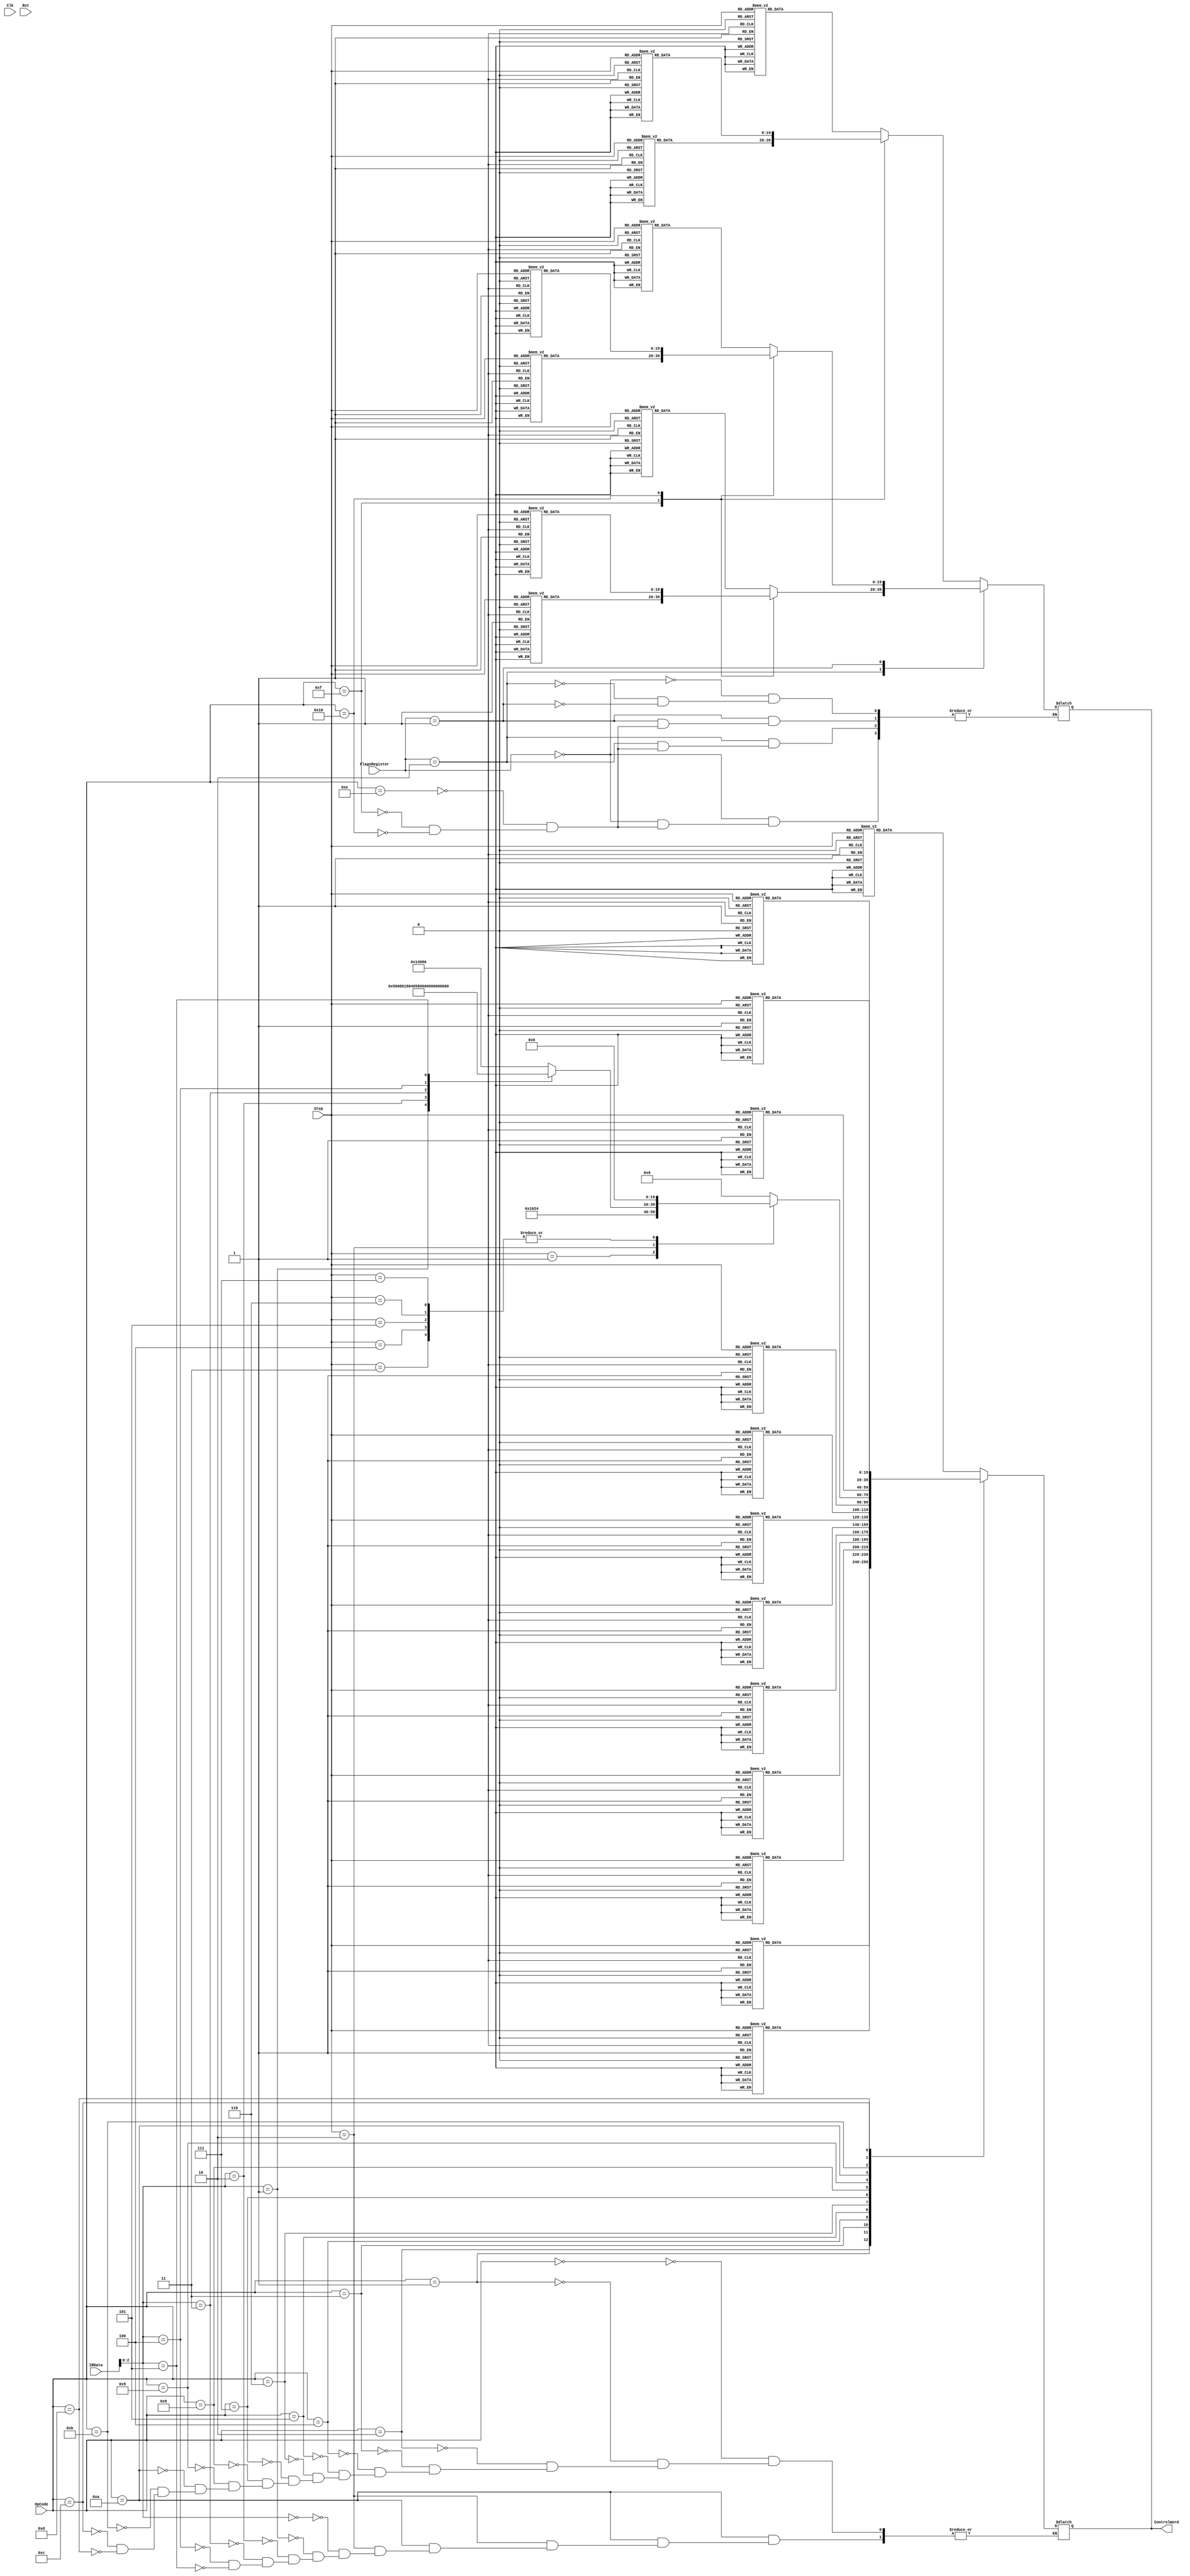
`timescale 1ns / 1ps

module InstructionDecoder (
    input Clk,
    input Rst,
    input [1:0] FlagsRegister,
    input [4:0] OpCode,
    input [10:0] IRData,
    input [2:0] Step,
    output reg [19:0]ControlWord
    );

    //control word bit layout
    parameter PCO = 20'b00000000000000000001;   //Program counter out
    parameter J   = 20'b00000000000000000010;   //Jump (Program counter in)
    parameter PCE = 20'b00000000000000000100;   //Program counter enable (Increment)
    parameter MI  = 20'b00000000000000001000;   //Memory address register in
    parameter RI  = 20'b00000000000000010000;   //RAM in
    parameter RO  = 20'b00000000000000100000;   //RAM out
    parameter AI  = 20'b00000000000001000000;   //A register in
    parameter AO  = 20'b00000000000010000000;   //A register out
    parameter EO  = 20'b00000000000100000000;   //Sum out
    parameter OP0 = 20'b00000000001000000000;   //ALU Operation Bit 0
    parameter OP1 = 20'b00000000010000000000;   //ALU Operation Bit 1
    parameter OP2 = 20'b00000000100000000000;   //ALU Operation Bit 2
    parameter II  = 20'b00000001000000000000;   //Instruction register in
    parameter IO  = 20'b00000010000000000000;   //Instruction register out
    parameter BI  = 20'b00000100000000000000;   //B register in
    parameter BO  = 20'b00001000000000000000;   //B register out
    parameter SR  = 20'b00010000000000000000;   //Step Counter Reset
    parameter FI  = 20'b00100000000000000000;   //Flags register in
    parameter CI  = 20'b01000000000000000000;   //C register in
    parameter CO  = 20'b10000000000000000000;   //C register out

    //all the various varible that choose the control word
    //the 2 flags, 2 bits
    parameter CarryFlagSet = 2'b10;
    parameter ZeroFlagSet = 2'b01;
    //8 steps , 3 bits
    parameter S0 = 3'd0;
    parameter S1 = 3'd1;
    parameter S2 = 3'd2;
    parameter S3 = 3'd3;
    parameter S4 = 3'd4;
    parameter S5 = 3'd5;
    parameter S6 = 3'd6;
    parameter S7 = 3'd7;

    //up to 32 instructions, 5 bits
    parameter NOP = 5'b00000;      //No operation

    //register operations
    parameter LDA =  5'b00001;      //load data into register A from the address specified by the 8LSB in the 16bit instruction
    parameter LDB =  5'b00010;      //load data into register B from the address specified by the 8LSB in the 16bit instruction
    parameter LDC =  5'b00011;      //load data into register C from the address specified by the 8LSB in the 16bit instruction

    parameter LIA =  5'b00100;      //load the data specified by the 11LSB in the 16bit instruction into the A Register
    parameter LIB =  5'b00101;      //load the data specified by the 11LSB in the 16bit instruction into the B Register
    parameter LIC =  5'b00110;      //load the data specified by the 11LSB in the 16bit instruction into the C Register

    parameter STA =  5'b00111;      //stores the data present in A register in the address specified by the 8LSB
    parameter STB =  5'b01000;      //stores the data present in B register in the address specified by the 8LSB
    parameter STC =  5'b01001;      //stores the data present in C register in the address specified by the 8LSB

    parameter MOV =  5'b01010;      //moves data from one register to another depending on the 3 LSB, 000 A->B,001 A->C,010 B->A, 011 B->C, 100 C->A, 101 C->B

    //ALU operations
    parameter ADD =  5'b01011;      //add what ever is in the memory address specified by the 8LSB in the 16bit instruction and store it in the A register
    parameter SUB =  5'b01100;      //subtract what ever is in the memory address specified by the 8LSB in the 16bit instruction and store it in the A register

    //branch operations
    parameter JMP =  5'b01101;      //set the program counter to what ever is specified by the 8LSB in the 16 bit instruction
    parameter JMPZ = 5'b01110;     //set the program counter to whatever is specified by the 8LSB if the ALU value is zero
    parameter JMPL = 5'b01111;     //set the program counter to what ever is specified by the 8LSB in the 16bit instruction if the value in the A register is less than the value in the B register
    parameter JMPG = 5'b10000;     //set the program counter to what ever is specified by the 8LSB in the 16bit instruction if the value in the A register is greater than the value in the B register


    //commands that don't use the flags register
    always @ ( * ) begin
        case (OpCode)
          NOP:begin
              case (Step)
                S0:ControlWord = MI|PCO;
                S1:ControlWord = RO|II|PCE;
                S2:ControlWord = SR;
                S3:ControlWord = 20'b0;
                S4:ControlWord = 20'b0;
                S5:ControlWord = 20'b0;
                S6:ControlWord = 20'b0;
                S7:ControlWord = 20'b0;
              endcase
          end

          //register operations-------------------------------------------------
          LDA:begin
              case (Step)
                S0:ControlWord = MI|PCO;
                S1:ControlWord = RO|II|PCE;
                S2:ControlWord = MI|IO;
                S3:ControlWord = RO|AI|SR;
                S4:ControlWord = 20'b0;
                S5:ControlWord = 20'b0;
                S6:ControlWord = 20'b0;
                S7:ControlWord = 20'b0;
              endcase
          end
          LDB:begin
              case (Step)
                S0:ControlWord = MI|PCO;
                S1:ControlWord = RO|II|PCE;
                S2:ControlWord = MI|IO;
                S3:ControlWord = RO|BI|SR;
                S4:ControlWord = 20'b0;
                S5:ControlWord = 20'b0;
                S6:ControlWord = 20'b0;
                S7:ControlWord = 20'b0;
              endcase
          end
          LDC:begin
              case (Step)
                S0:ControlWord = MI|PCO;
                S1:ControlWord = RO|II|PCE;
                S2:ControlWord = MI|IO;
                S3:ControlWord = RO|CI|SR;
                S4:ControlWord = 20'b0;
                S5:ControlWord = 20'b0;
                S6:ControlWord = 20'b0;
                S7:ControlWord = 20'b0;
              endcase
          end
          LIA:begin
              case (Step)
                S0:ControlWord = MI|PCO;
                S1:ControlWord = RO|II|PCE;
                S2:ControlWord = IO|AI|SR;
                S3:ControlWord = 20'b0;
                S4:ControlWord = 20'b0;
                S5:ControlWord = 20'b0;
                S6:ControlWord = 20'b0;
                S7:ControlWord = 20'b0;
              endcase
          end
          LIB:begin
              case (Step)
                S0:ControlWord = MI|PCO;
                S1:ControlWord = RO|II|PCE;
                S2:ControlWord = IO|BI|SR;
                S3:ControlWord = 20'b0;
                S4:ControlWord = 20'b0;
                S5:ControlWord = 20'b0;
                S6:ControlWord = 20'b0;
                S7:ControlWord = 20'b0;
              endcase
          end
          LIC:begin
              case (Step)
                S0:ControlWord = MI|PCO;
                S1:ControlWord = RO|II|PCE;
                S2:ControlWord = IO|CI|SR;
                S3:ControlWord = 20'b0;
                S4:ControlWord = 20'b0;
                S5:ControlWord = 20'b0;
                S6:ControlWord = 20'b0;
                S7:ControlWord = 20'b0;
              endcase
          end
          STA:begin
              case (Step)
                S0:ControlWord = MI|PCO;
                S1:ControlWord = RO|II|PCE;
                S2:ControlWord = MI|IO;
                S3:ControlWord = AO|RI|SR;
                S4:ControlWord = 20'b0;
                S5:ControlWord = 20'b0;
                S6:ControlWord = 20'b0;
                S7:ControlWord = 20'b0;
              endcase
          end
          STB:begin
              case (Step)
                S0:ControlWord = MI|PCO;
                S1:ControlWord = RO|II|PCE;
                S2:ControlWord = MI|IO;
                S3:ControlWord = BO|RI|SR;
                S4:ControlWord = 20'b0;
                S5:ControlWord = 20'b0;
                S6:ControlWord = 20'b0;
                S7:ControlWord = 20'b0;
              endcase
          end
          STC:begin
              case (Step)
                S0:ControlWord = MI|PCO;
                S1:ControlWord = RO|II|PCE;
                S2:ControlWord = MI|IO;
                S3:ControlWord = BO|RI|SR;
                S4:ControlWord = 20'b0;
                S5:ControlWord = 20'b0;
                S6:ControlWord = 20'b0;
                S7:ControlWord = 20'b0;
              endcase
          end
          MOV:begin
              case (Step)
                S0:ControlWord = MI|PCO;
                S1:ControlWord = RO|II|PCE;
                S2:begin
                  case (IRData[2:0])
                    3'b000:ControlWord = AO|BI|SR;  //A->B
                    3'b001:ControlWord = AO|CI|SR;  //A->C
                    3'b010:ControlWord = BO|AI|SR;  //B->A
                    3'b011:ControlWord = BO|CI|SR;  //B->C
                    3'b100:ControlWord = CO|AI|SR;  //C->A
                    3'b101:ControlWord = CO|BI|SR;  //C->B
                  endcase
                end
                S3:ControlWord = 20'b0;
                S4:ControlWord = 20'b0;
                S5:ControlWord = 20'b0;
                S6:ControlWord = 20'b0;
                S7:ControlWord = 20'b0;
              endcase
          end

          //ALU operations------------------------------------------------------
          ADD:begin
              case (Step)
                S0:ControlWord = MI|PCO;
                S1:ControlWord = RO|II|PCE;
                S2:ControlWord = MI|IO;
                S3:ControlWord = RO|BI;
                S4:ControlWord = AI|EO|SR|FI;
                S5:ControlWord = 20'b0;
                S6:ControlWord = 20'b0;
                S7:ControlWord = 20'b0;
              endcase
          end
          SUB:begin
              case (Step)
                S0:ControlWord = MI|PCO;
                S1:ControlWord = RO|II|PCE;
                S2:ControlWord = MI|IO;
                S3:ControlWord = RO|BI;
                S4:ControlWord = AI|EO|SR|OP0|FI;
                S5:ControlWord = 20'b0;
                S6:ControlWord = 20'b0;
                S7:ControlWord = 20'b0;
              endcase
          end

          //Branch Operations---------------------------------------------------
          JMP:begin
              case (Step)
                S0:ControlWord = MI|PCO;
                S1:ControlWord = RO|II|PCE;
                S2:ControlWord = IO|J|SR;
                S3:ControlWord = 20'b0;
                S4:ControlWord = 20'b0;
                S5:ControlWord = 20'b0;
                S6:ControlWord = 20'b0;
                S7:ControlWord = 20'b0;
              endcase
          end
        endcase
    end

    //Instructions that use the flags register
    always @ (*) begin
        case (FlagsRegister)
          2'b00:begin
              case (OpCode)
                JMPZ:begin
                    case (Step)
                      S0:ControlWord = MI|PCO;
                      S1:ControlWord = RO|II|PCE;
                      S2:ControlWord = SR;
                      S3:ControlWord = 20'b0;
                      S4:ControlWord = 20'b0;
                      S5:ControlWord = 20'b0;
                      S6:ControlWord = 20'b0;
                      S7:ControlWord = 20'b0;
                    endcase
                end
                JMPL:begin
                    case (Step)
                      S0:ControlWord = MI|PCO;
                      S1:ControlWord = RO|II|PCE;
                      S2:ControlWord = OP2|FI;   //set the the alu operation to less than
                      S3:ControlWord = SR;
                      S4:ControlWord = 20'b0;
                      S5:ControlWord = 20'b0;
                      S6:ControlWord = 20'b0;
                      S7:ControlWord = 20'b0;
                    endcase
                end
                JMPG:begin
                    case (Step)
                      S0:ControlWord = MI|PCO;
                      S1:ControlWord = RO|II|PCE;
                      S2:ControlWord = OP2|OP0|FI;  //set the the alu operation to greater than
                      S3:ControlWord = SR;
                      S4:ControlWord = 20'b0;
                      S5:ControlWord = 20'b0;
                      S6:ControlWord = 20'b0;
                      S7:ControlWord = 20'b0;
                    endcase
                end
              endcase
          end
          //--------------------------------------------------------------------------------------//
          CarryFlagSet:begin  //if the CarryFlag is set
              case (OpCode)
                JMPZ:begin
                    case (Step)
                      S0:ControlWord = MI|PCO;
                      S1:ControlWord = RO|II|PCE;
                      S2:ControlWord = SR;
                      S3:ControlWord = 20'b0;
                      S4:ControlWord = 20'b0;
                      S5:ControlWord = 20'b0;
                      S6:ControlWord = 20'b0;
                      S7:ControlWord = 20'b0;
                    endcase
                end
                JMPL:begin
                    case (Step)
                      S0:ControlWord = MI|PCO;
                      S1:ControlWord = RO|II|PCE;
                      S2:ControlWord = OP2|FI;    //set the the alu operation to less than
                      S3:ControlWord = SR;
                      S4:ControlWord = 20'b0;
                      S5:ControlWord = 20'b0;
                      S6:ControlWord = 20'b0;
                      S7:ControlWord = 20'b0;
                    endcase
                end
                JMPG:begin
                    case (Step)
                      S0:ControlWord = MI|PCO;
                      S1:ControlWord = RO|II|PCE;
                      S2:ControlWord = OP2|OP0|FI;  //set the the alu operation to greater than
                      S3:ControlWord = SR;
                      S4:ControlWord = 20'b0;
                      S5:ControlWord = 20'b0;
                      S6:ControlWord = 20'b0;
                      S7:ControlWord = 20'b0;
                    endcase
                end
              endcase
          end
          //--------------------------------------------------------------------------------------//
          ZeroFlagSet:begin   //if the Zero Flag is set
              case (OpCode)
                JMPZ:begin
                    case (Step)
                      S0:ControlWord = MI|PCO;
                      S1:ControlWord = RO|II|PCE;
                      S2:ControlWord = IO|J|SR;
                      S3:ControlWord = 20'b0;
                      S4:ControlWord = 20'b0;
                      S5:ControlWord = 20'b0;
                      S6:ControlWord = 20'b0;
                      S7:ControlWord = 20'b0;
                    endcase
                end
              JMPL:begin
                    case (Step)
                      S0:ControlWord = MI|PCO;
                      S1:ControlWord = RO|II|PCE;
                      S2:ControlWord = OP2|FI;      //set the the alu operation to less than
                      S3:ControlWord = IO|J|SR;
                      S4:ControlWord = 20'b0;
                      S5:ControlWord = 20'b0;
                      S6:ControlWord = 20'b0;
                      S7:ControlWord = 20'b0;
                    endcase
                end
                JMPG:begin
                    case (Step)
                      S0:ControlWord = MI|PCO;
                      S1:ControlWord = RO|II|PCE;
                      S2:ControlWord = OP2|OP0|FI;   //set the the alu operation to greater than
                      S3:ControlWord = IO|J|SR;
                      S4:ControlWord = 20'b0;
                      S5:ControlWord = 20'b0;
                      S6:ControlWord = 20'b0;
                      S7:ControlWord = 20'b0;
                    endcase
                end
              endcase
          end
          //--------------------------------------------------------------------------------------//
          (ZeroFlagSet & CarryFlagSet):begin   //if both the zero and carry flag are set
              case (OpCode)
                JMPZ:begin
                    case (Step)
                      S0:ControlWord = MI|PCO;
                      S1:ControlWord = RO|II|PCE;
                      S2:ControlWord = IO|J|SR;
                      S3:ControlWord = 20'b0;
                      S4:ControlWord = 20'b0;
                      S5:ControlWord = 20'b0;
                      S6:ControlWord = 20'b0;
                      S7:ControlWord = 20'b0;
                    endcase
                end
                JMPL:begin
                    case (Step)
                      S0:ControlWord = MI|PCO;
                      S1:ControlWord = RO|II|PCE;
                      S2:ControlWord = OP2|FI;     //set the the alu operation to less than
                      S3:ControlWord = IO|J|SR;
                      S4:ControlWord = 20'b0;
                      S5:ControlWord = 20'b0;
                      S6:ControlWord = 20'b0;
                      S7:ControlWord = 20'b0;
                    endcase
                end
                JMPG:begin
                    case (Step)
                      S0:ControlWord = MI|PCO;
                      S1:ControlWord = RO|II|PCE;
                      S2:ControlWord = OP2|OP0|FI;   //set the the alu operation to greater than
                      S3:ControlWord = IO|J|SR;
                      S4:ControlWord = 20'b0;
                      S5:ControlWord = 20'b0;
                      S6:ControlWord = 20'b0;
                      S7:ControlWord = 20'b0;
                    endcase
                end
              endcase
          end
        endcase
    end
endmodule